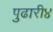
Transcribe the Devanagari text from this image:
पुढारी४